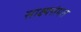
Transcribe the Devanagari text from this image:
साक्ष्यसंमत